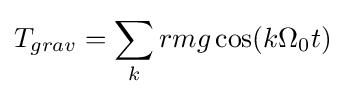
T_{grav}=\sum _{k}rmg\cos(k\Omega _{0}t)